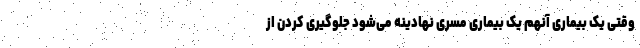
وقتی یک بیماری آنهم یک بیماری مسری نهادینه می‌شود جلوگیری کردن از